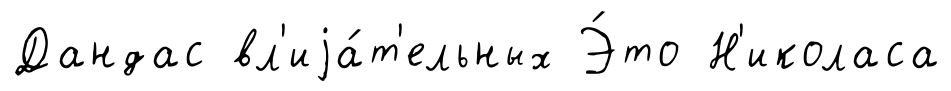
Дандас вл'иjа́т'ельных Э́то Н'иколаса